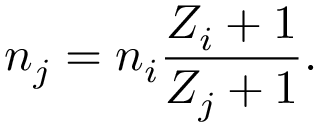
n _ { j } = n _ { i } { \frac { Z _ { i } + 1 } { Z _ { j } + 1 } } .